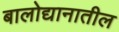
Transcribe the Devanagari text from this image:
बालोद्यानातील